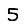
Digit: 5